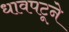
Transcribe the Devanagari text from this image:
धावपटूने